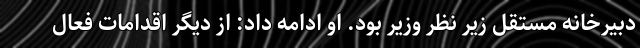
دبیرخانه مستقل زیر نظر وزیر بود. او ادامه داد: از دیگر اقدامات فعال